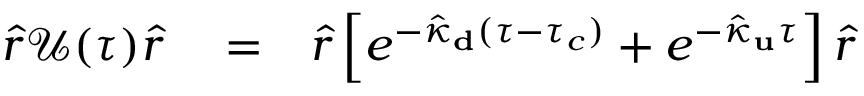
\begin{array} { r l r } { \hat { r } \mathcal { U } ( \tau ) \hat { r } } & { { } = } & { \hat { r } \left[ e ^ { - \hat { \kappa } _ { \bf d } ( \tau - \tau _ { c } ) } + e ^ { - \hat { \kappa } _ { \bf u } \tau } \right] \hat { r } } \end{array}